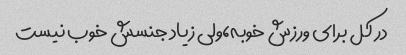
در کل برای ورزش خوبه،ولی زیاد جنسش خوب نیست